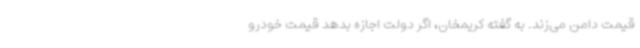
قیمت دامن می‌زند. به گفته کریمخان، اگر دولت اجازه بدهد قیمت خودرو